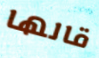
قالها